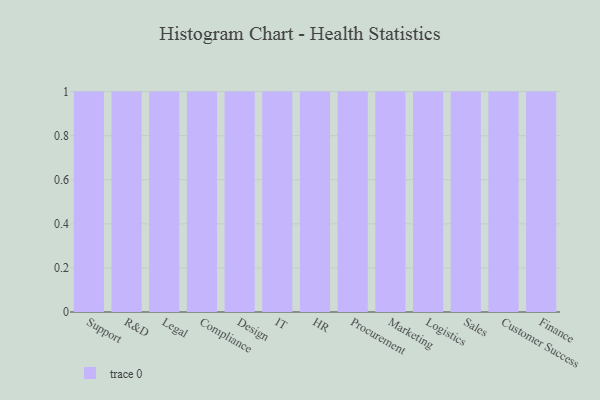
{"axis": {"x": "Department", "y": "Revenue (USD Million)"}, "legend": [""], "data": [{"x": "Support", "y": 85, "type": ""}, {"x": "R&D", "y": 42, "type": ""}, {"x": "Legal", "y": 95, "type": ""}, {"x": "Compliance", "y": 84, "type": ""}, {"x": "Design", "y": 47, "type": ""}, {"x": "IT", "y": 41, "type": ""}, {"x": "HR", "y": 3, "type": ""}, {"x": "Procurement", "y": 73, "type": ""}, {"x": "Marketing", "y": 42, "type": ""}, {"x": "Logistics", "y": 50, "type": ""}, {"x": "Sales", "y": 66, "type": ""}, {"x": "Customer Success", "y": 79, "type": ""}, {"x": "Finance", "y": 36, "type": ""}]}